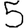
Digit: 5